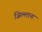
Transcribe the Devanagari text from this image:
जिल्लाना